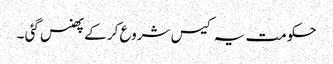
حکومت یہ کیس شروع کر کے پھنس گئی ۔